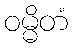
ဝမ္မိတံ